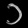
Digit: ၁